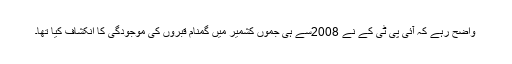
واضح رہے کہ آئی پی ٹی کے نے 2008سے ہی جموں کشمیر میں گمنام قبروں کی موجودگی کا انکشاف کیا تھا۔